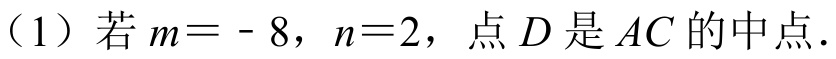
（1）若 \(m = - 8\)，\(n = 2\)，点 \(D\) 是 \(AC\) 的中点.